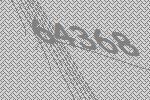
64368